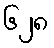
၆၂၈